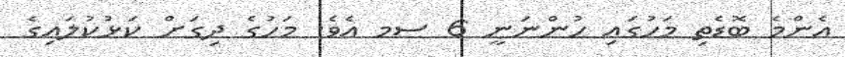
އެންމެ ބޮޑެތި މަހުގައި ހުންނަނީ 6 ސމ އެވެ. މަހުގެ ދިގަށް ކަޅުކުލައިގެ